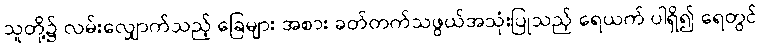
သူတို့၌ လမ်းလျှောက်သည့် ခြေများ အစား ခတ်တက်သဖွယ်အသုံးပြုသည့် ရေယက် ပါရှိ၍ ရေတွင်